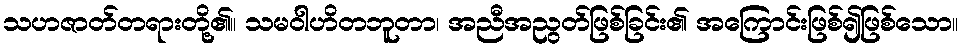
သဟဇာတ်တရားတို့၏။ သမဝါဟိတဘူတာ၊ အညီအညွတ်ဖြစ်ခြင်း၏ အကြောင်းဖြစ်၍ဖြစ်သော။